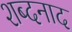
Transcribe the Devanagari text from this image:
शब्दनाद